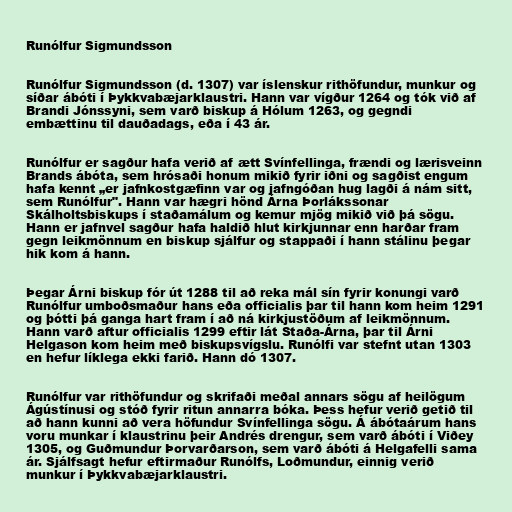
Runólfur Sigmundsson

Runólfur Sigmundsson (d. 1307) var íslenskur rithöfundur, munkur og
síðar ábóti í Þykkvabæjarklaustri. Hann var vígður 1264 og tók við af
Brandi Jónssyni, sem varð biskup á Hólum 1263, og gegndi
embættinu til dauðadags, eða í 43 ár.

Runólfur er sagður hafa verið af ætt Svínfellinga, frændi og lærisveinn
Brands ábóta, sem hrósaði honum mikið fyrir iðni og sagðist engum
hafa kennt „er jafnkostgæfinn var og jafngóðan hug lagði á nám sitt,
sem Runólfur". Hann var hægri hönd Árna Þorlákssonar
Skálholtsbiskups í staðamálum og kemur mjög mikið við þá sögu.
Hann er jafnvel sagður hafa haldið hlut kirkjunnar enn harðar fram
gegn leikmönnum en biskup sjálfur og stappaði í hann stálinu þegar
hik kom á hann.

Þegar Árni biskup fór út 1288 til að reka mál sín fyrir konungi varð
Runólfur umboðsmaður hans eða officialis þar til hann kom heim 1291
og þótti þá ganga hart fram í að ná kirkjustöðum af leikmönnum.
Hann varð aftur officialis 1299 eftir lát Staða-Árna, þar til Árni
Helgason kom heim með biskupsvígslu. Runólfi var stefnt utan 1303
en hefur líklega ekki farið. Hann dó 1307.

Runólfur var rithöfundur og skrifaði meðal annars sögu af heilögum
Ágústínusi og stóð fyrir ritun annarra bóka. Þess hefur verið getið til
að hann kunni að vera höfundur Svínfellinga sögu. Á ábótaárum hans
voru munkar í klaustrinu þeir Andrés drengur, sem varð ábóti í Viðey
1305, og Guðmundur Þorvarðarson, sem varð ábóti á Helgafelli sama
ár. Sjálfsagt hefur eftirmaður Runólfs, Loðmundur, einnig verið
munkur í Þykkvabæjarklaustri.